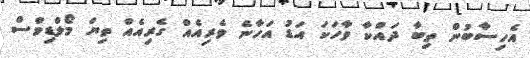
އެހިސާބުން ތިބާ ދައްކާ ވާހަކަ އަޑު އަހާނެ ވެރިއެއް ގެރިއެއް ތިޔަ މޯލްޑިވްސް